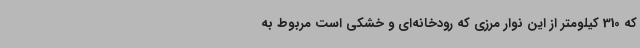
که 310 کیلومتر از این نوار مرزی که رودخانه‌ای و خشکی است مربوط به